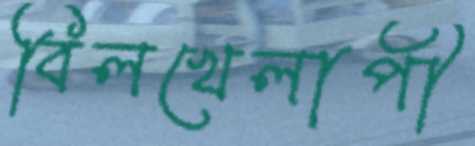
বিলখেলাপী